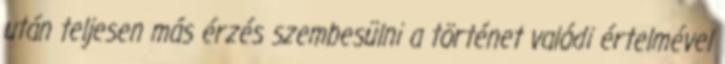
után teljesen más érzés szembesülni a történet valódi értelmével